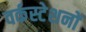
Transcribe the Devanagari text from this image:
वर्कस्टेशनों